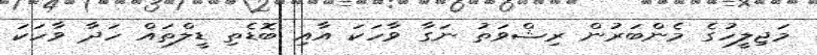
މަޖިލީހުގެ މެންބަރުން ރިޝްވަތު ނަގާ ވާހަކަ އާއި ބޮޑެތި ޑީލްތައް ހަދާ ވާހަކަ